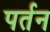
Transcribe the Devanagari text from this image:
पर्तन